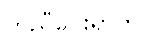
ကူညီပေးရာတွင်